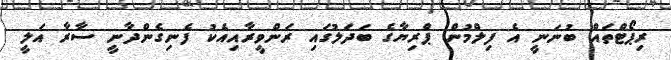
ރިޕޯޓްތައް ބުނަނީ އެ ފިލްމުން ޕްރިޔާގެ ބަދަލުގައި ރަންވީރާއިއެކު ފެނިގެންދާނީ ސާރާ އަލީ